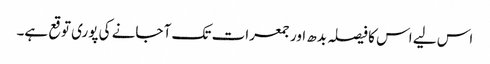
اس لیے اس کا فیصلہ بدھ اور جمعرات تک آ جانے کی پوری توقع ہے۔